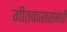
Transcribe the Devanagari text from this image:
गीतकारासंबंधी